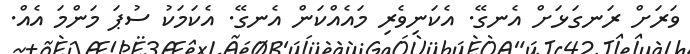
ވަރަށް ރަނގަޅަށް އެނގޭ. އެކަނިވެރި މައެއްކަން އެނގޭ. އެކަމަކު ސުޕަ މަންމަ އެއް.